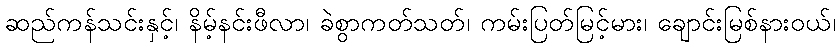
ဆည်ကန်သင်းနှင့်၊ နိမ့်နင်းဖီလာ၊ ခဲစွာကတ်သတ်၊ ကမ်းပြတ်မြင့်မား၊ ချောင်းမြစ်နားဝယ်၊